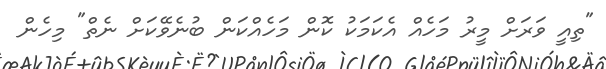
"ތިއީ ވަރަށް މީރު މަހެއް އެކަމަކު ކޮން މަހެއްކަން ބުނެވޭކަށް ނެތް" މިހެން